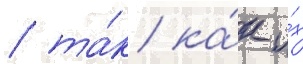
/ та́к ка́к и́х